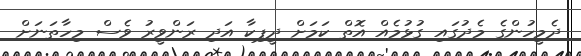
ދެމީހުންގެ މެދުގައި ގުޅުމެއް އޮތް ކަމަށް ދީޕިކާ އަދި ރަންވީރު ވެސް މިހާތަނަށް